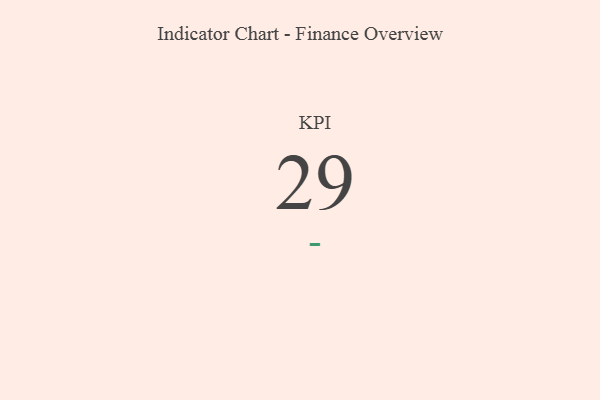
{"axis": {"x": "KPI", "y": "Value"}, "legend": [""], "data": [{"x": "KPI", "y": 29, "type": ""}]}